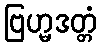
ဗြဟ္မဒတ္တံ